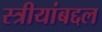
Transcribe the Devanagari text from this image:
स्त्रीयांबद्दल